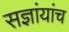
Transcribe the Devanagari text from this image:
सज्ञांयांच